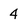
Character: 4